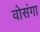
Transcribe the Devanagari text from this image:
वोसंगा